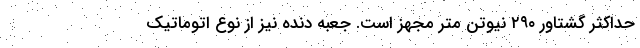
حداکثر گشتاور ۲۹۰ نیوتن متر مجهز است. جعبه دنده نیز از نوع اتوماتیک